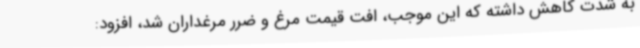
به شدت کاهش داشته که این موجب، افت قیمت مرغ و ضرر مرغداران شد، افزود: